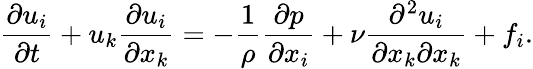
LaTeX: \frac{\partial u_{i}}{\partial t}+u_{k}\frac{\partial u_{i}}{\partial x_{k}}=-\frac{1}{\rho}\frac{\partial p}{\partial x_{i}}+\nu\frac{\partial^{2}u_{i}}{\partial x_{k}\partial x_{k}}+f_{i}.